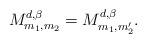
LaTeX: \begin{align*}M_{m_{1},m_{2}}^{ d,\beta}=M_{m_{1},m_{2}'}^{ d,\beta}.\end{align*}